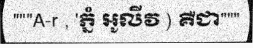
"""A-r , 'ភ្នំ អូលីវ ) គឺជា"""